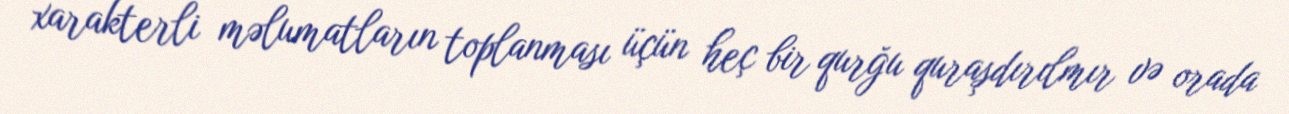
xarakterli məlumatların toplanması üçün heç bir qurğu quraşdırılmır və orada